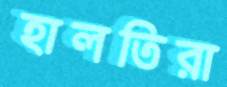
হালতিরা